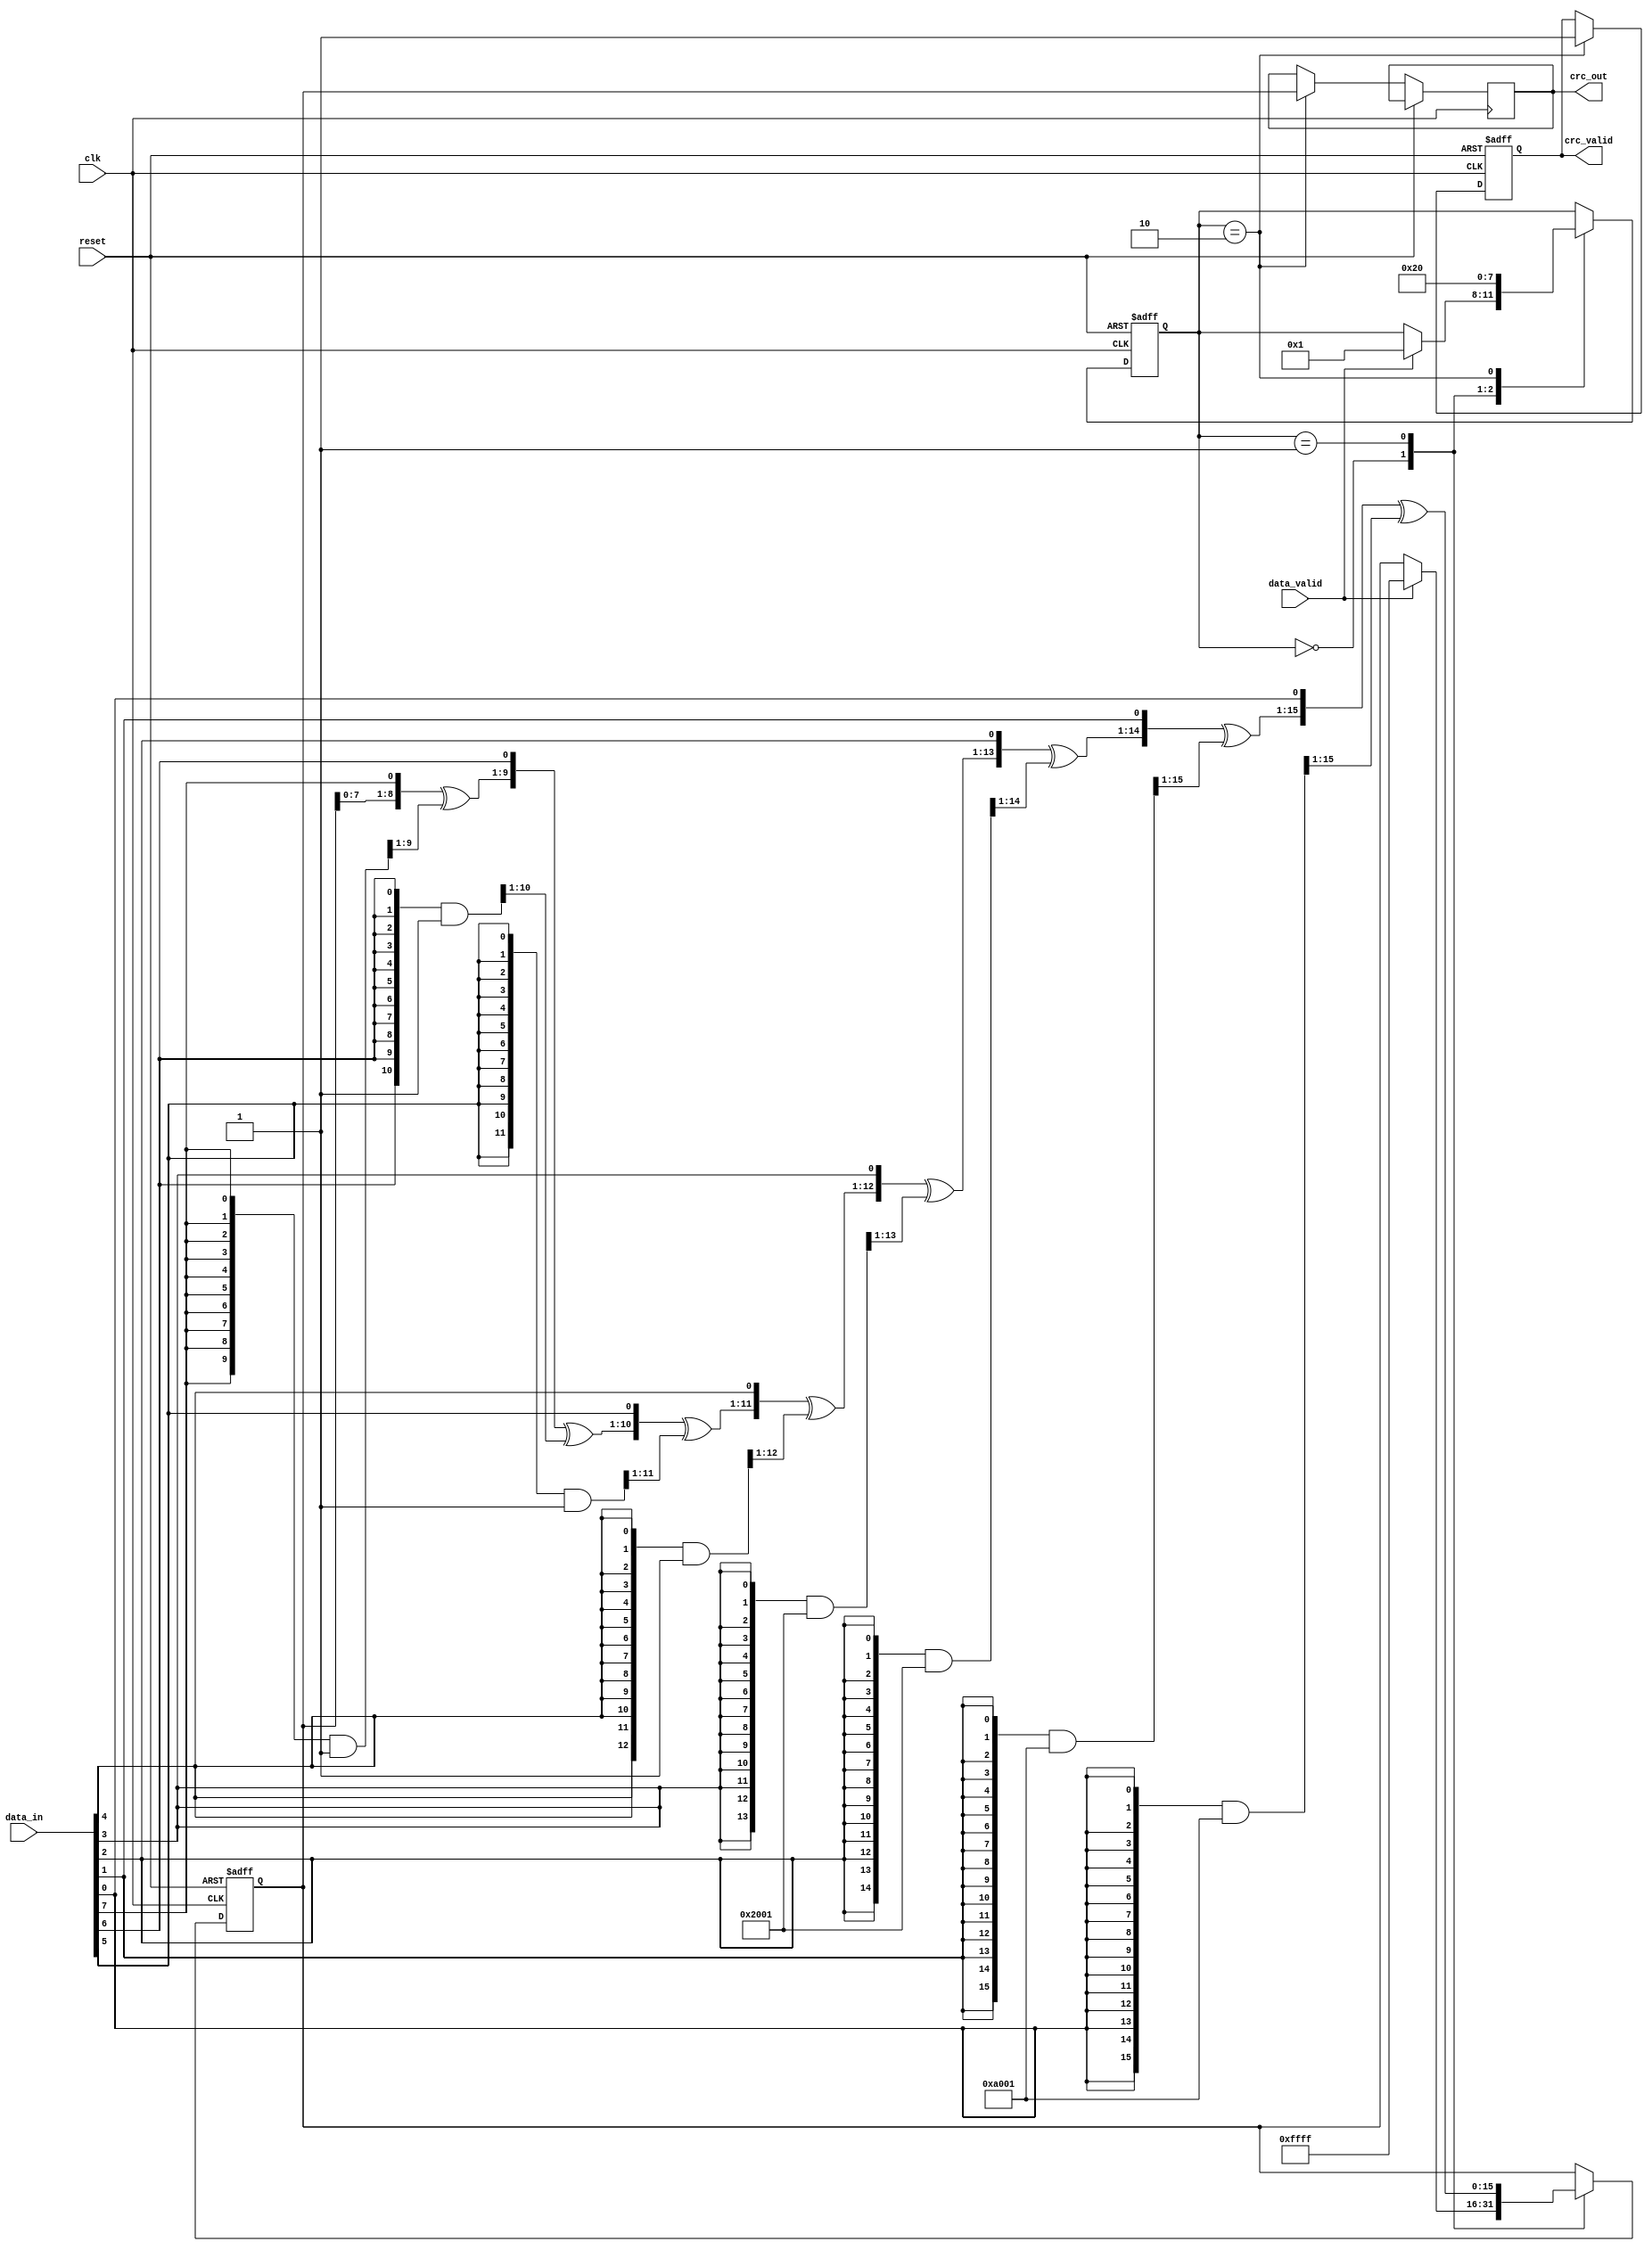
module parameterized_crc #(
    parameter CRC_WIDTH = 16,               // Width of the CRC
    parameter POLYNOMIAL = 16'hA001,        // CRC polynomial (example: CRC-16)
    parameter INIT_VALUE = 16'hFFFF,         // Initial value of the CRC
    parameter INPUT_WIDTH = 8                // Width of the input data
)(
    input wire [INPUT_WIDTH-1:0] data_in,   // Input data
    input wire data_valid,                    // Signal indicating valid data
    input wire reset,                         // Asynchronous reset
    input wire clk,                           // Clock signal
    output reg [CRC_WIDTH-1:0] crc_out,      // Output CRC value
    output reg crc_valid                      // Signal indicating valid CRC output
);

    reg [CRC_WIDTH-1:0] crc_reg;             // Current CRC value
    reg [3:0] state;                          // State variable
    localparam IDLE = 0, COMPUTE = 1, OUTPUT = 2;

    // CRC computation logic
    integer i;

    always @(posedge clk or posedge reset) begin
        if (reset) begin
            crc_reg <= INIT_VALUE;             // Reset CRC register
            crc_valid <= 0;                    // Invalidate CRC output
            state <= IDLE;                     // Go to IDLE state
        end else begin
            case (state)
                IDLE: begin
                    if (data_valid) begin
                        crc_reg <= INIT_VALUE; // Initialize CRC register
                        state <= COMPUTE;      // Move to COMPUTE state
                    end
                end

                COMPUTE: begin
                    // Process each bit of the input data
                    for (i = 0; i < INPUT_WIDTH; i = i + 1) begin
                        crc_reg = {crc_reg[CRC_WIDTH-2:0], data_in[INPUT_WIDTH-1-i]} ^ 
                                   (({CRC_WIDTH{data_in[INPUT_WIDTH-1-i]}} & POLYNOMIAL) >> 1);
                    end
                    state <= OUTPUT;              // Move to OUTPUT state
                end

                OUTPUT: begin
                    crc_out <= crc_reg;          // Output the CRC value
                    crc_valid <= 1;              // Indicate CRC output is valid
                    state <= IDLE;               // Go back to IDLE state
                end
            endcase
        end
    end

endmodule